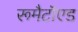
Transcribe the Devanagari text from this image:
रूमैटॉएड